画像に写った文字を読んでください
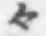
「々」と書いてあります